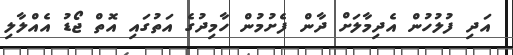
އަދި ފުލުހުން އެދިމާލަށް ދާން ފެށުމުން ހާމިދުގެ އަތުގައި އޮތް ޖޯޑު އެއްލާލި